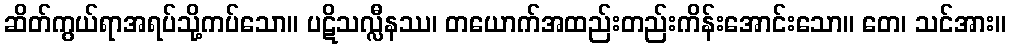
ဆိတ်ကွယ်ရာအရပ်သို့ကပ်သော။ ပဋိသလ္လီနဿ၊ တယောက်အထည်းတည်းကိန်းအောင်းသော။ တေ၊ သင်အား။